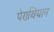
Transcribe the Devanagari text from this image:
पेराथियान